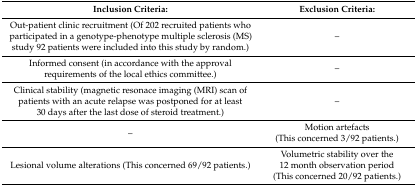
| Inclusion Criteria: | Exclusion Criteria: |
 | --- | --- |
 | Out-patient clinic recruitment (Of 202 recruited patients who participated in a genotype-phenotype multiple sclerosis (MS) study 92 patients were included into this study by random.) | – |
 | Informed consent (in accordance with the approval requirements of the local ethics committee.) | – |
 | Clinical stability (magnetic resonace imaging (MRI) scan of patients with an acute relapse was postponed for at least 30 days after the last dose of steroid treatment.) | – |
 | – | Motion artefacts (This concerned 3/92 patients.) |
 | Lesional volume alterations (This concerned 69/92 patients.) | Volumetric stability over the 12 month observation period (This concerned 20/92 patients.) |